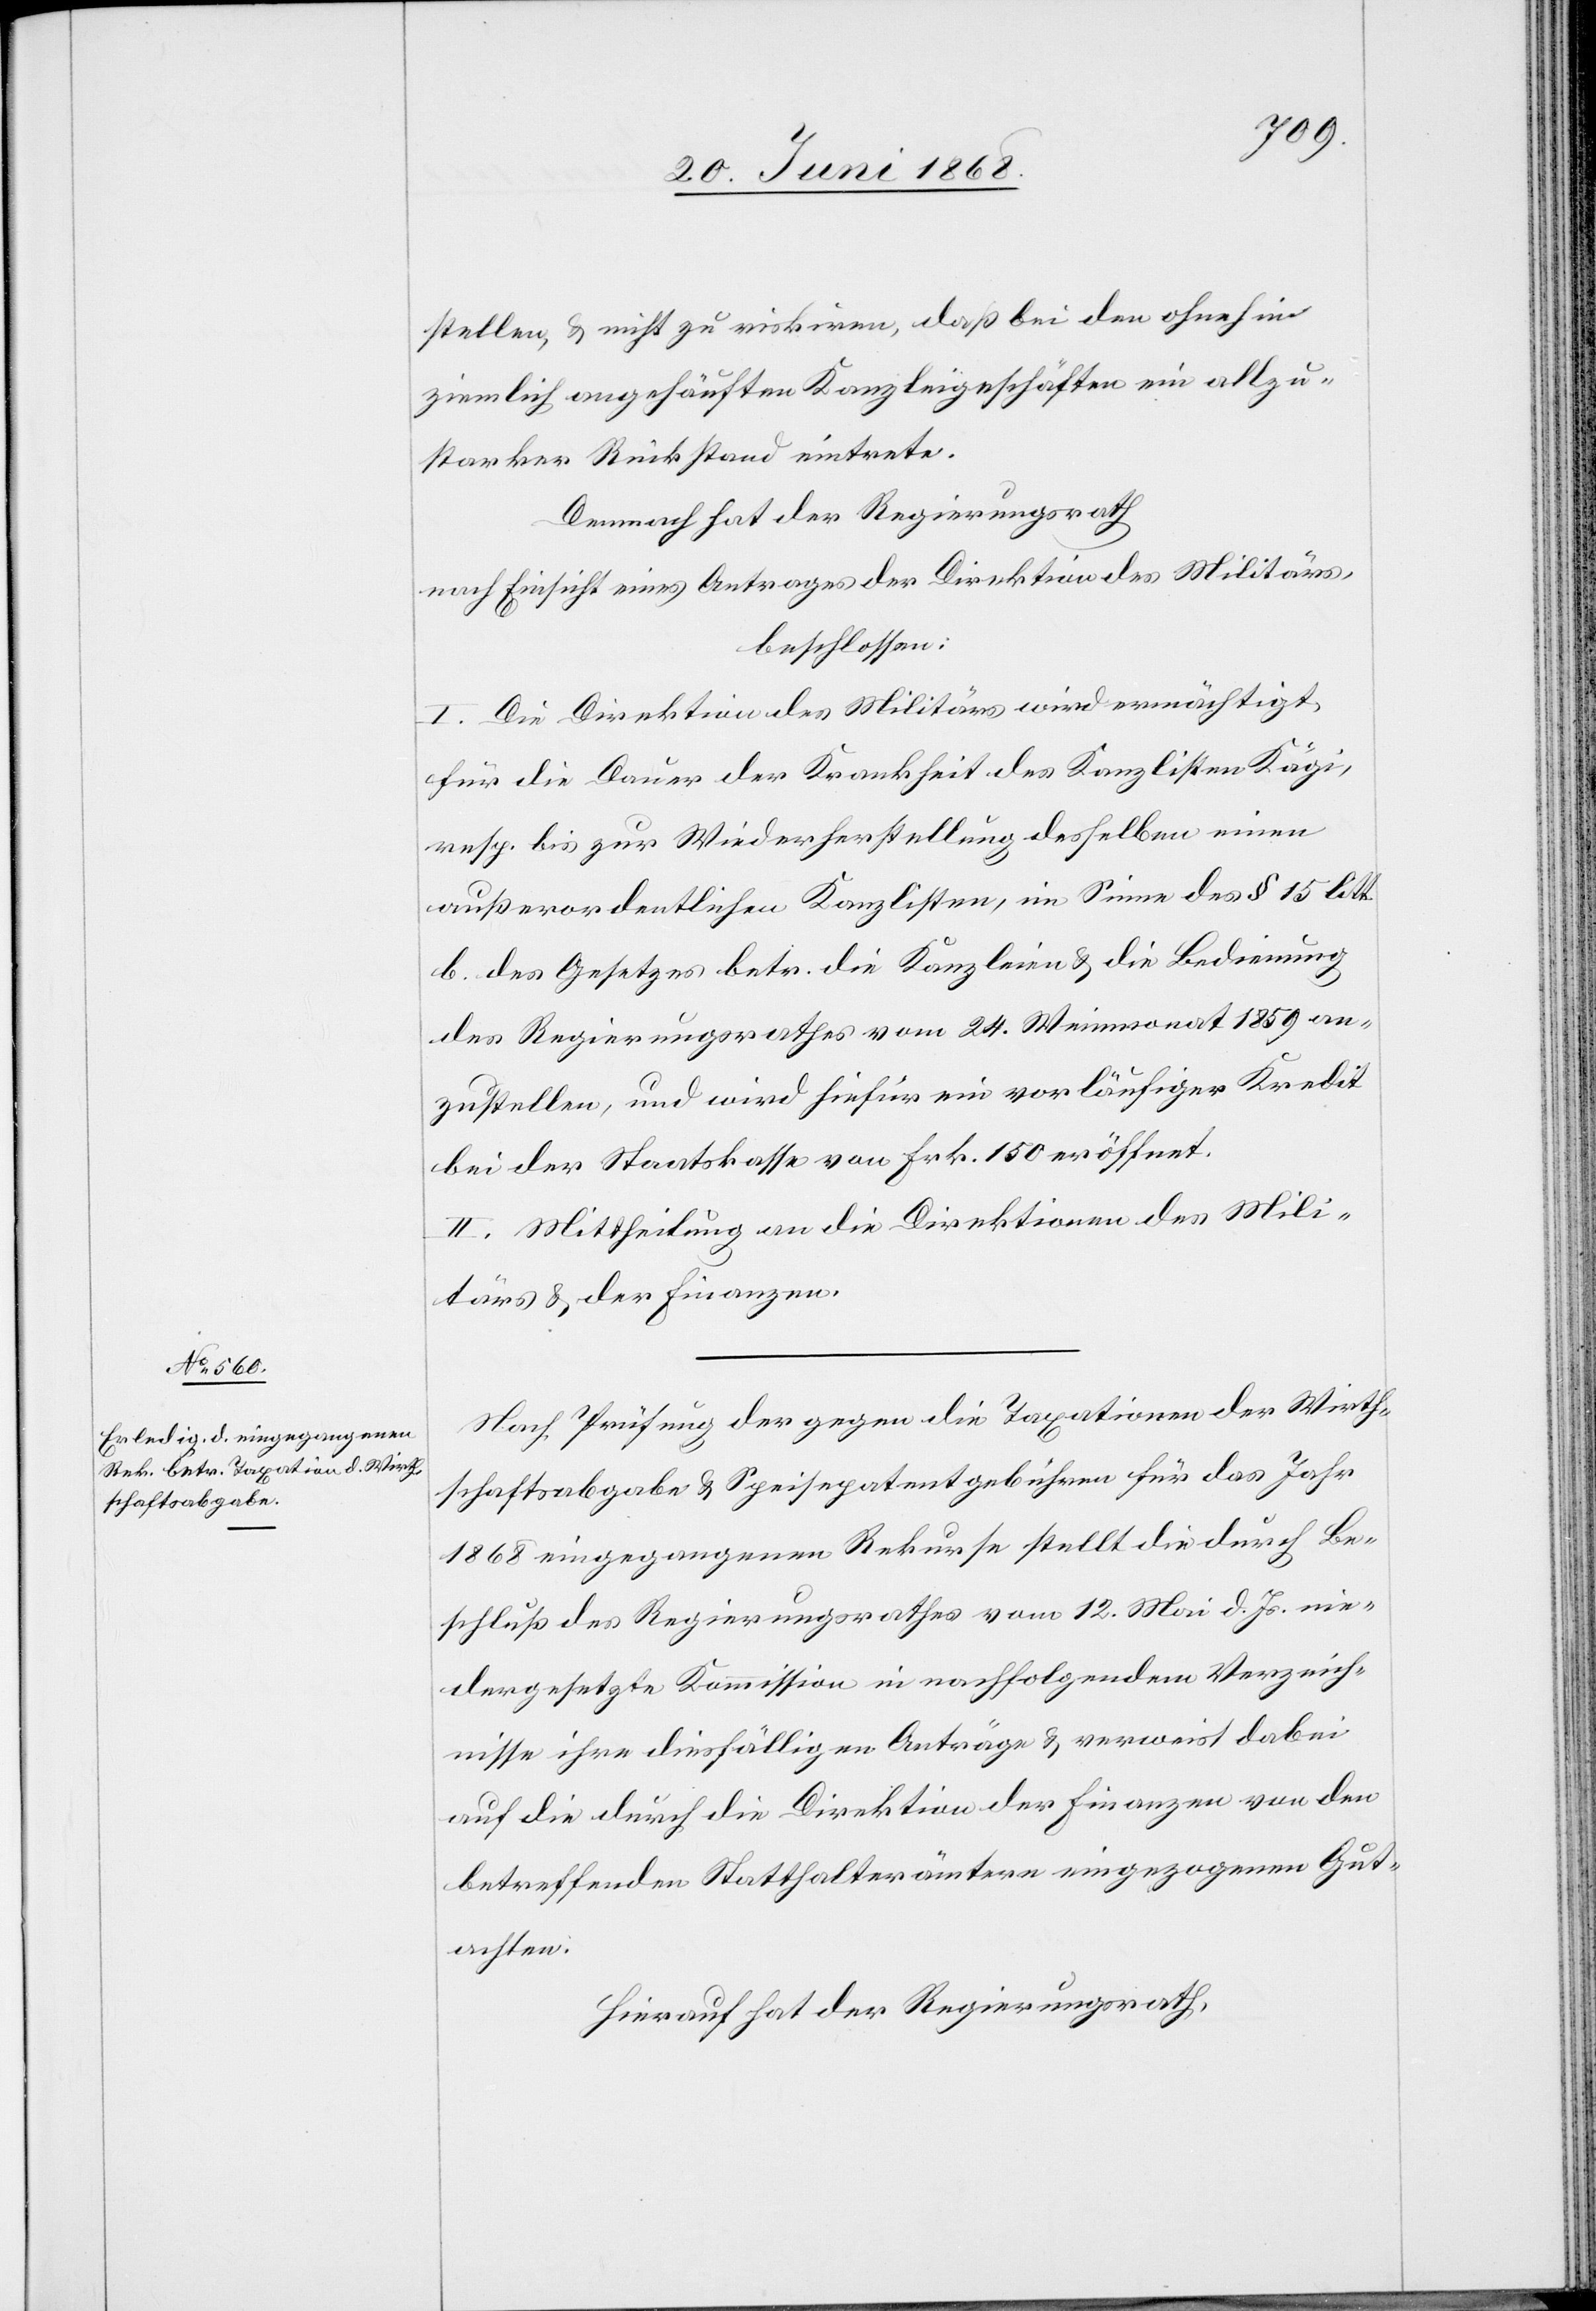
stellen, & nicht zu riskiren, daß bei den ohnehin
ziemlich angehäuften Kanzleigeschäften ein allzu¬
starker Rückstand eintrete.
Demnach hat der Regierungsrath
nach Einsicht eines Antrages der Direktion des Militärs,
beschlossen:
I. Die Direktion des Militärs wird ermächtigt,
für die Dauer der Krankheit des Kanzlisten Kägi,
resp. bis zur Wiederherstellung desselben einen
außerordentlichen Kanzlisten, im Sinne des § 15 litt.
b. des Gesetzes betr. die Kanzleien & die Bedienung
des Regierungsrathes vom 24. Weinmonat 1859 an¬
zustellen, und wird hiefür ein vorläufiger Kredit
bei der Staatskasse von Frk. 150 eröffnet.
II. Mittheilung an die Direktionen des Mili¬
tärs & der Finanzen.
Nach Prüfung der gegen die Taxationen der Wirth¬
schaftsabgabe & Speisepatentgebühren für das Jahr
1868 eingegangenen Rekurse stellt die durch Be¬
schluß des Regierungsrathes vom 12. Mai d. Js. nie¬
dergesetzte Kommission in nachfolgendem Verzeich¬
nisse ihre diesfälligen Anträge & verweist dabei
auf die durch die Direktion der Finanzen von den
betreffenden Statthalterämtern eingezogenen Gut¬
achten.
Hierauf hat der Regierungsrath,